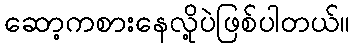
ဆော့ကစားနေလို့ပဲဖြစ်ပါတယ်။